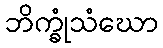
ဘိက္ခုံသံဃော